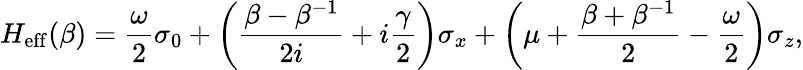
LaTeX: H_{\mathrm{eff}}(\beta)=\frac{\omega}{2}\sigma_{0}+\left(\frac{\beta-\beta^{-1}}{2i}+i\frac{\gamma}{2}\right)\sigma_{x}+\left(\mu+\frac{\beta+\beta^{-1}}{2}-\frac{\omega}{2}\right)\sigma_{z},